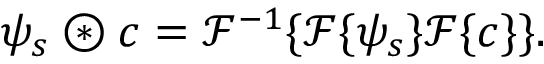
\psi _ { s } \circledast c = \mathscr { F } ^ { - 1 } \{ \mathscr { F } \{ \psi _ { s } \} \mathscr { F } \{ c \} \} .